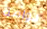
دوامة